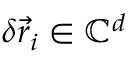
\delta \vec { r } _ { i } \in \mathbb { C } ^ { d }